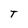
Character: T